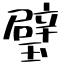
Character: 璧